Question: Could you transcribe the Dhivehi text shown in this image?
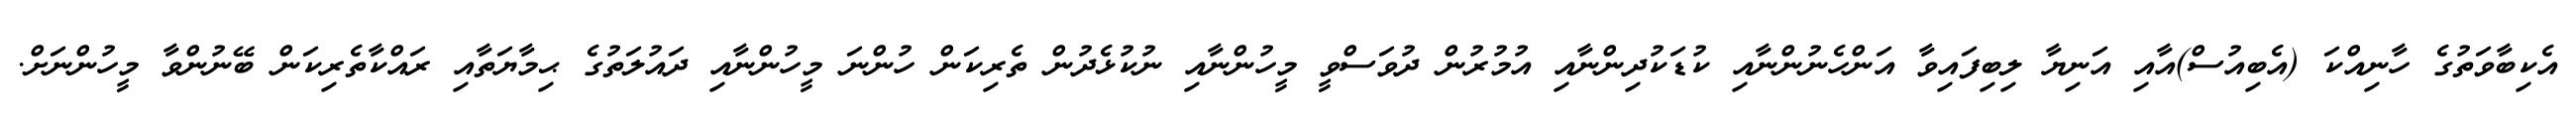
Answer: އެކިބާވަތުގެ ހާނިއްކަ (އެބިއުސް)އާއި އަނިޔާ ލިބިފައިވާ އަންހެނުންނާއި ކުޑަކުދިންނާއި އުމުރުން ދުވަސްވީ މީހުންނާއި ނުކުޅެދުން ތެރިކަން ހުންނަ މީހުންނާއި ދައުލަތުގެ ޙިމާޔަތާއި ރައްކާތެރިކަން ބޭނުންވާ މީހުންނަށް.